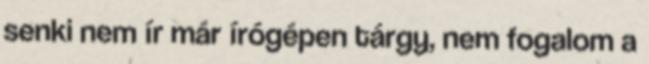
senki nem ír már írógépen tárgy, nem fogalom a